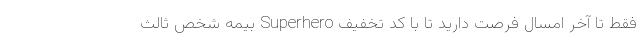
فقط تا آخر امسال فرصت دارید تا با کد تخفیف Superhero بیمه شخص ثالث